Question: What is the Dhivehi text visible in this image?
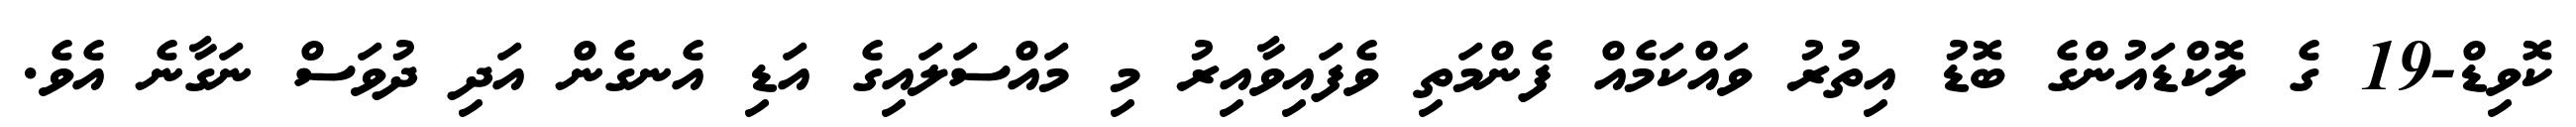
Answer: ކޮވިޑް-19 ގެ ލޮކްޑައުންގެ ބޮޑު އިތުރު ވައްކަމެއް ފެންމަތި ވެފައިވާއިރު މި މައްސަލައިގެ އަޑި އެނގެން އަދި ދުވަސް ނަގާނެ އެވެ.